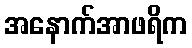
အနောက်အာဖရိက